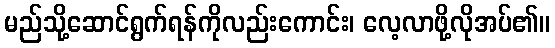
မည်သို့ဆောင်ရွက်ရန်ကိုလည်းကောင်း၊ လေ့လာဖို့လိုအပ်၏။